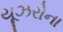
યૂઝરોના